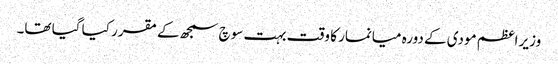
وزیر اعظم مودی کے دورہ میانمار کا وقت بہت سوچ سمجھ کے مقرر کیا گیا تھا۔